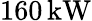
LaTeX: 160\, \mathrm{kW}